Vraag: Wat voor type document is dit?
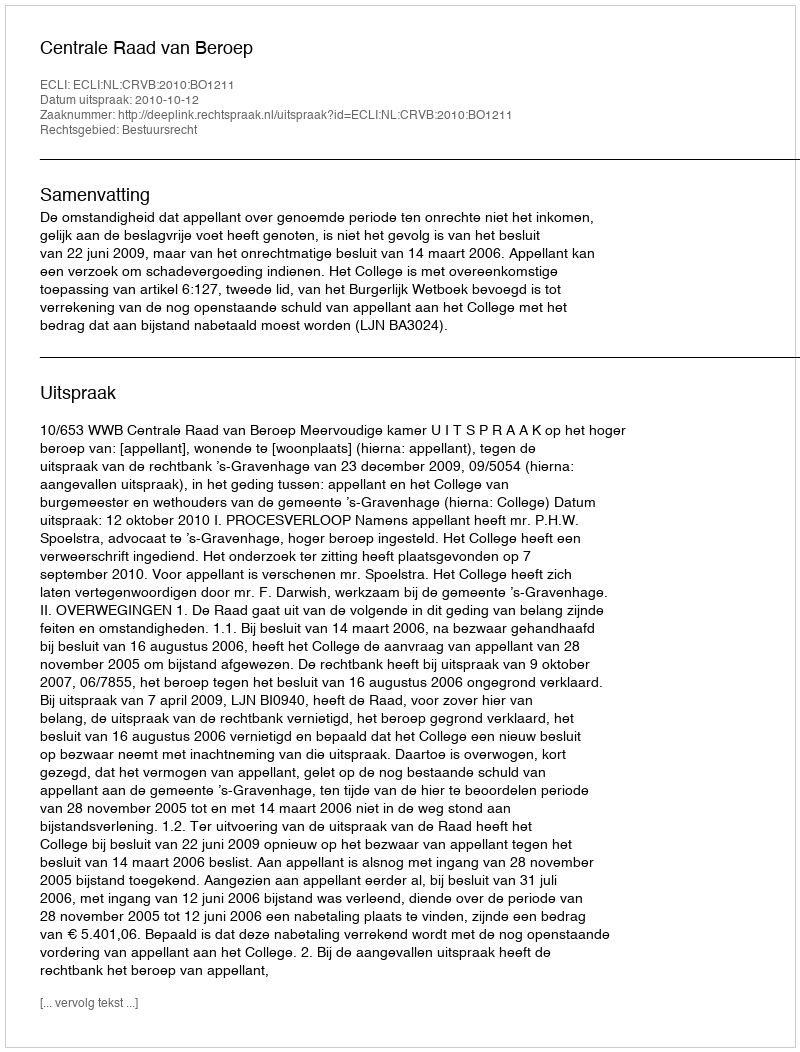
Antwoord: Uitspraak